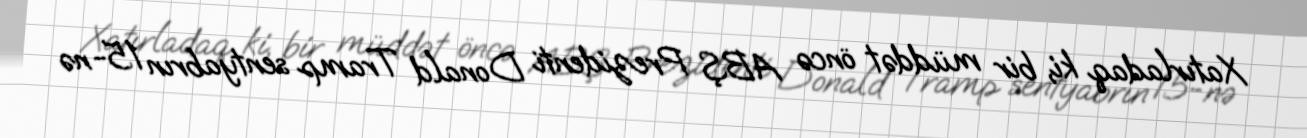
Xatırladaq ki, bir müddət öncə ABŞ Prezidenti Donald Tramp sentyabrın 15-nə